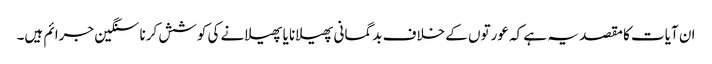
ان آیات کا مقصد یہ ہے کہ عورتوں کے خلاف بدگمانی پھیلانا یا پھیلانے کی کوشش کرنا سنگین جرائم ہیں۔